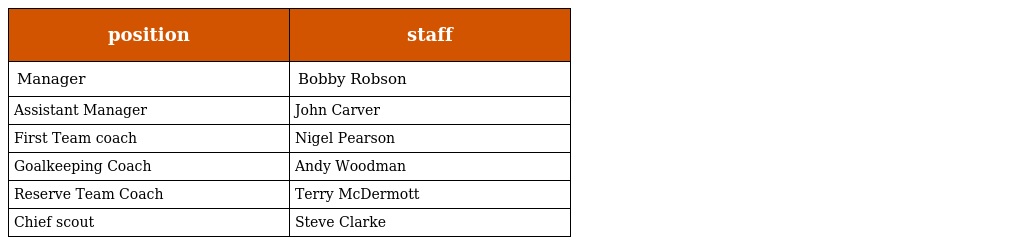
| position | staff |
 | --- | --- |
 | Manager | Bobby Robson |
 | Assistant Manager | John Carver |
 | First Team coach | Nigel Pearson |
 | Goalkeeping Coach | Andy Woodman |
 | Reserve Team Coach | Terry McDermott |
 | Chief scout | Steve Clarke |